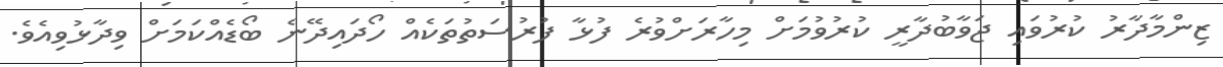
ޒިންމާދާރު ކުރުވައި ޖަވާބުދާރީ ކުރުވުމަށް މިހާރަށްވުރެ ފުޅާ ފުރުސަތުތަކެއް ހޯދައިދޭނެ ބޯޑެއްކަމަށް ވިދާޅުވިއެވެ.